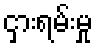
ငှားရမ်းမှု